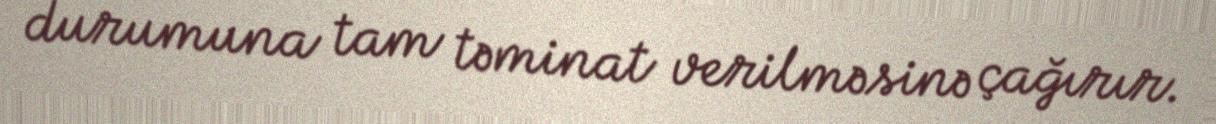
durumuna tam təminat verilməsinə çağırır.